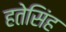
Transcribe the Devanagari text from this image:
हतेसिंह